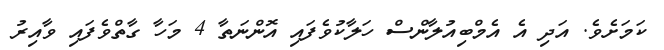
ކަމަށެވެ. އަދި އެ އެމްބިއުލާންސް ހަލާކުވެފައި އޮންނަތާ 4 މަހާ ގާތްވެފައި ވާއިރު